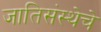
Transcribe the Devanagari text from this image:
जातिसंस्थेचे